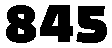
845